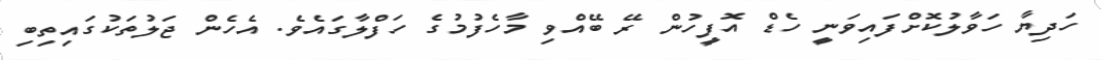
ހަދިޔާ ހަވާލުކޮށްފައިވަނީ ހެޑް އޮފީހުން ރޭ ބޭއްވި މާހެފުމުގެ ހަފްލާގައެވެ. އެހެން ޖަލުތަކުގައިތިބި